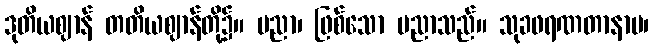
ဒုတိယဈာန် တတိယဈာန်တို့၌။ ပညာ၊ ဖြစ်သော ပညာသည်။ သုခဖရဏတာနာမ၊